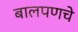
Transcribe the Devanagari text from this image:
बालपणचे